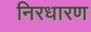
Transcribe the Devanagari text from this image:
निरधारण